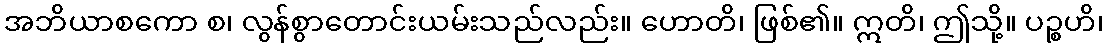
အဘိယာစကော စ၊ လွန်စွာတောင်းယမ်းသည်လည်း။ ဟောတိ၊ ဖြစ်၏။ ဣတိ၊ ဤသို့။ ပဉ္စဟိ၊